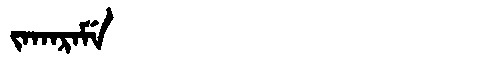
Manchu: ᠵᠠᡴᠠᡵᠠᠮᡝ
Romanization: JAKARAME